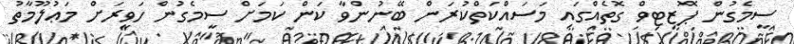
ސީމެގުން ޕޮޒިޓިވް ގޮތެއްގައި މަސައްކަތްކުރަން ބޭނުންވާ ކަން ކަމަށް ސީމެގުން ހަވީރަށް މަޢުލޫމާތު